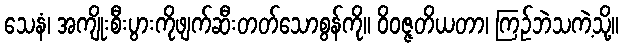
သေနံ၊ အကျိုးစီးပွားကိုဖျက်ဆီးတတ်သောစွန်ကို။ ဝိဝဇ္ဇတိယတာ၊ ကြဉ်ဘဲသကဲ့သို့။